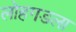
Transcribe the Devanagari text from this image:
लोहगडला